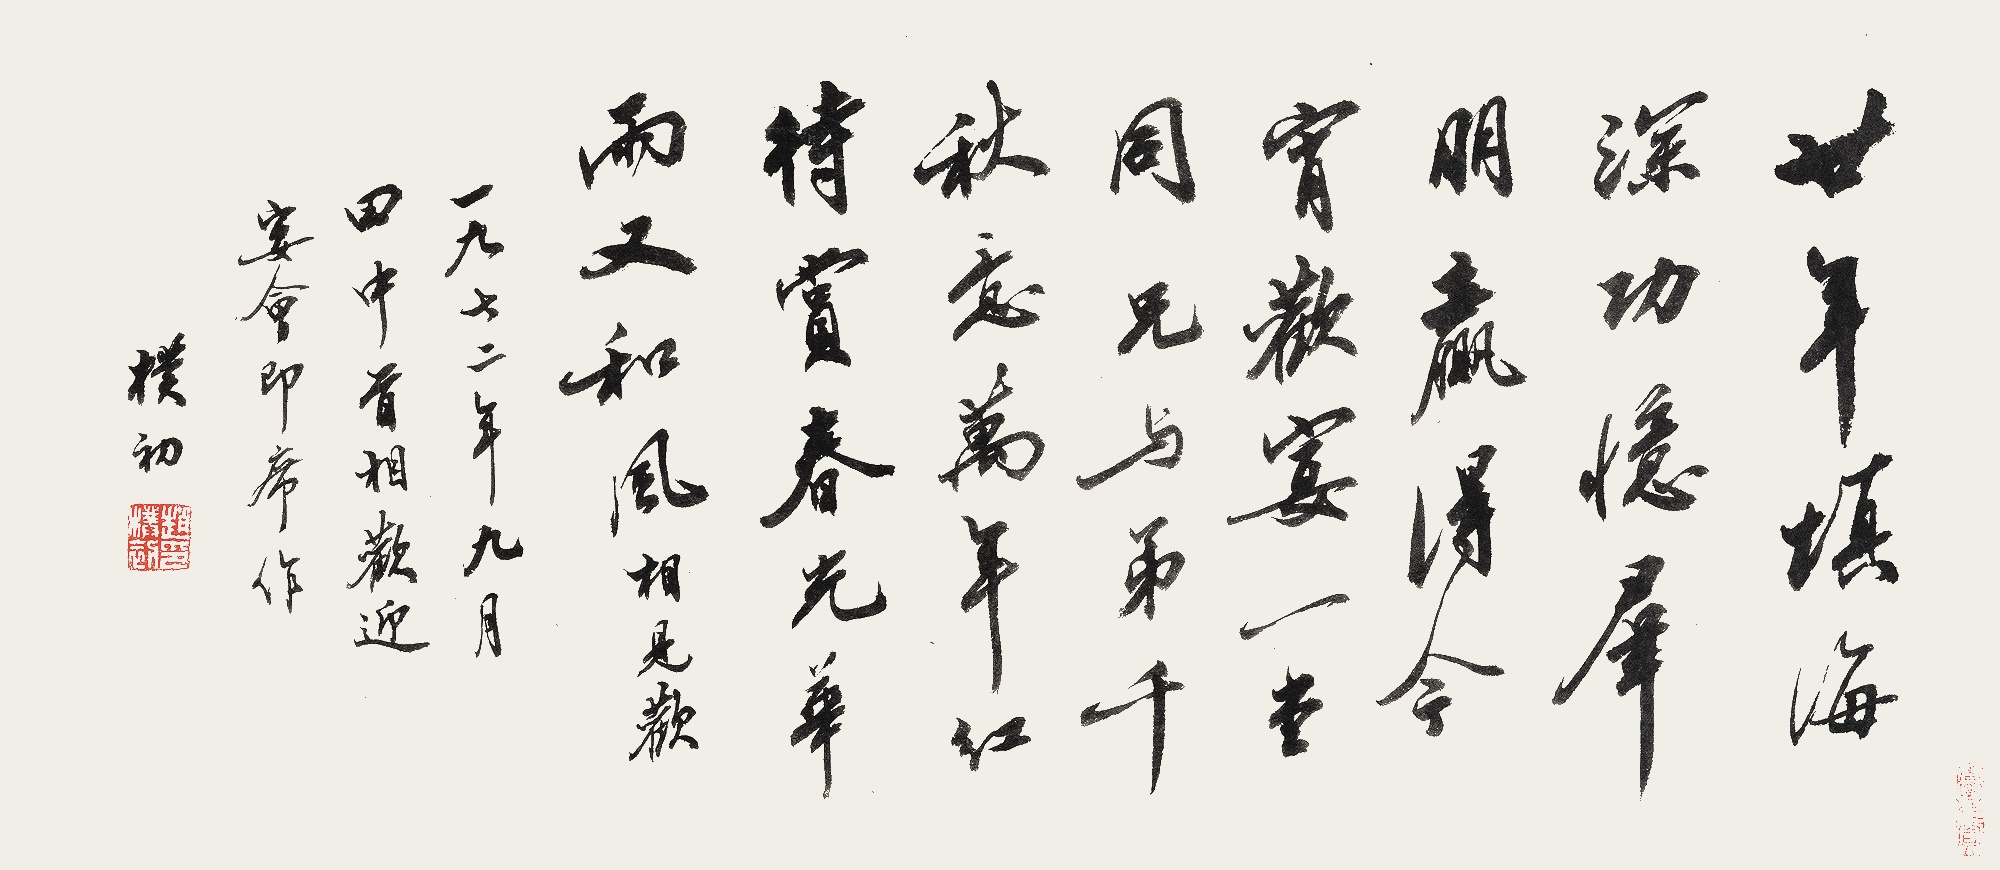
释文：廿年填海深功，忆群朋，赢得今宵欢宴一堂同。兄与弟，千秋意，万年红。待赏春光，华雨又和风。相见欢。一九七二年九月，田中首相欢迎宴会即席作。朴初。